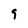
Character: 9